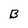
Character: B